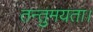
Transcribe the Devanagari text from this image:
तन्तुमयता।